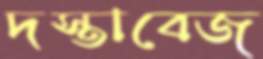
দস্তাবেজ